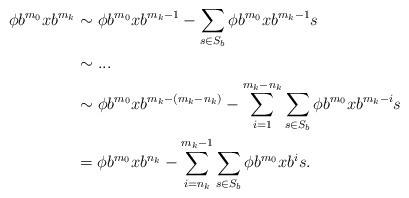
LaTeX: \begin{align*}\phi b^{m_0}xb^{m_k}&\sim \phi b^{m_0}xb^{m_k-1}-\sum_{s\in S_b}\phi b^{m_0}xb^{m_k-1}s\\&\sim ...\\&\sim \phi b^{m_0}xb^{m_k-(m_k-n_k)}-\sum_{i=1}^{m_k-n_k}\sum_{s\in S_b}\phi b^{m_0}xb^{m_k-i}s\\&=\phi b^{m_0}xb^{n_k}-\sum_{i=n_k}^{m_k-1}\sum_{s\in S_b}\phi b^{m_0}xb^{i}s.\end{align*}